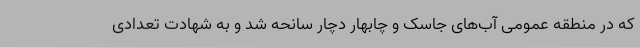
که در منطقه عمومی آب‌های جاسک و چابهار دچار سانحه شد و به شهادت تعدادی